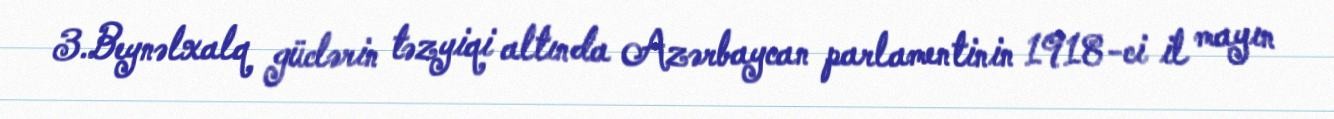
3.Beynəlxalq güclərin təzyiqi altında Azərbaycan parlamentinin 1918-ci il mayın